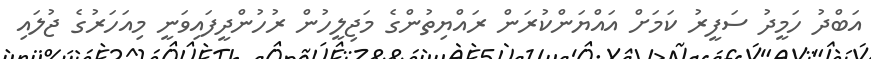
އަބްދު ހަމީދު ސަފީރު ކަމަށް އައްޔަންކުރަން ރައްޔިތުންގެ މަޖިލީހުން ރުހުންދީފައިވަނީ މިއަހަރުގެ ޖުލައި